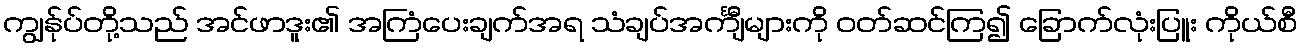
ကျွန်ုပ်တို့သည် အင်ဖာဒူး၏ အကြံပေးချက်အရ သံချပ်အင်္ကျီများကို ဝတ်ဆင်ကြ၍ ခြောက်လုံးပြူး ကိုယ်စီ